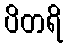
ပိတရိ